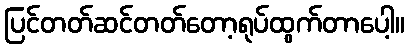
ပြင်တတ်ဆင်တတ်တော့ရုပ်ထွက်တာပေါ့။